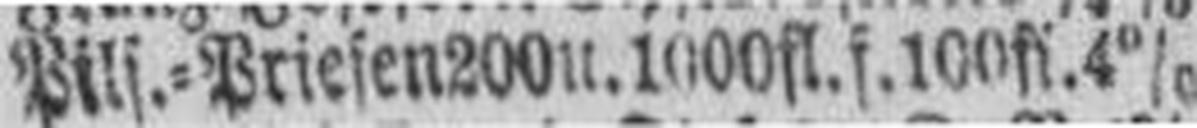
Pils.=Priesen 200 u. 1000 fl. f. 100 fl. 4%